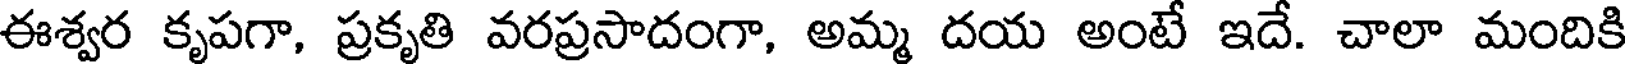
ఈశ్వర కృపగా, ప్రకృతి వరప్రసాదంగా, అమ్మ దయ అంటే ఇదే. చాలా మందికి